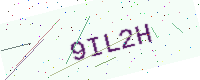
Text: 9IL2H